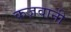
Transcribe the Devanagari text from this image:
कज़वानी